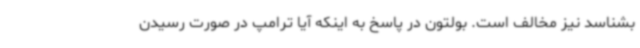
بشناسد نیز مخالف است. بولتون در پاسخ به اینکه آیا ترامپ در صورت رسیدن